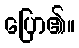
ပြော၏။